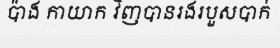
ប៉ាង កាយាក វិញបានរងរបួសបាក់